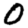
Digit: 0